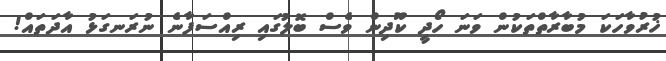
ޚުރުވާހަކަ މުބާރާތްތަކުން ވަނަ ހޯދީ ކޫދިން ވެސް ބޮލުގައި ރިއްސަފާނެ ނުރަނގަޅު އާދަތައް!